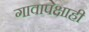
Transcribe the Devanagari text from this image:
गावापेक्षाही